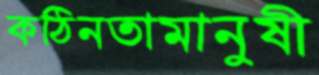
কঠিনতামানুষী